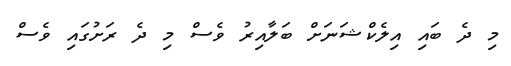
މި ދެ ބައި އިލެކްޝަނަށް ބަލާއިރު ވެސް މި ދެ ރަށުގައި ވެސް